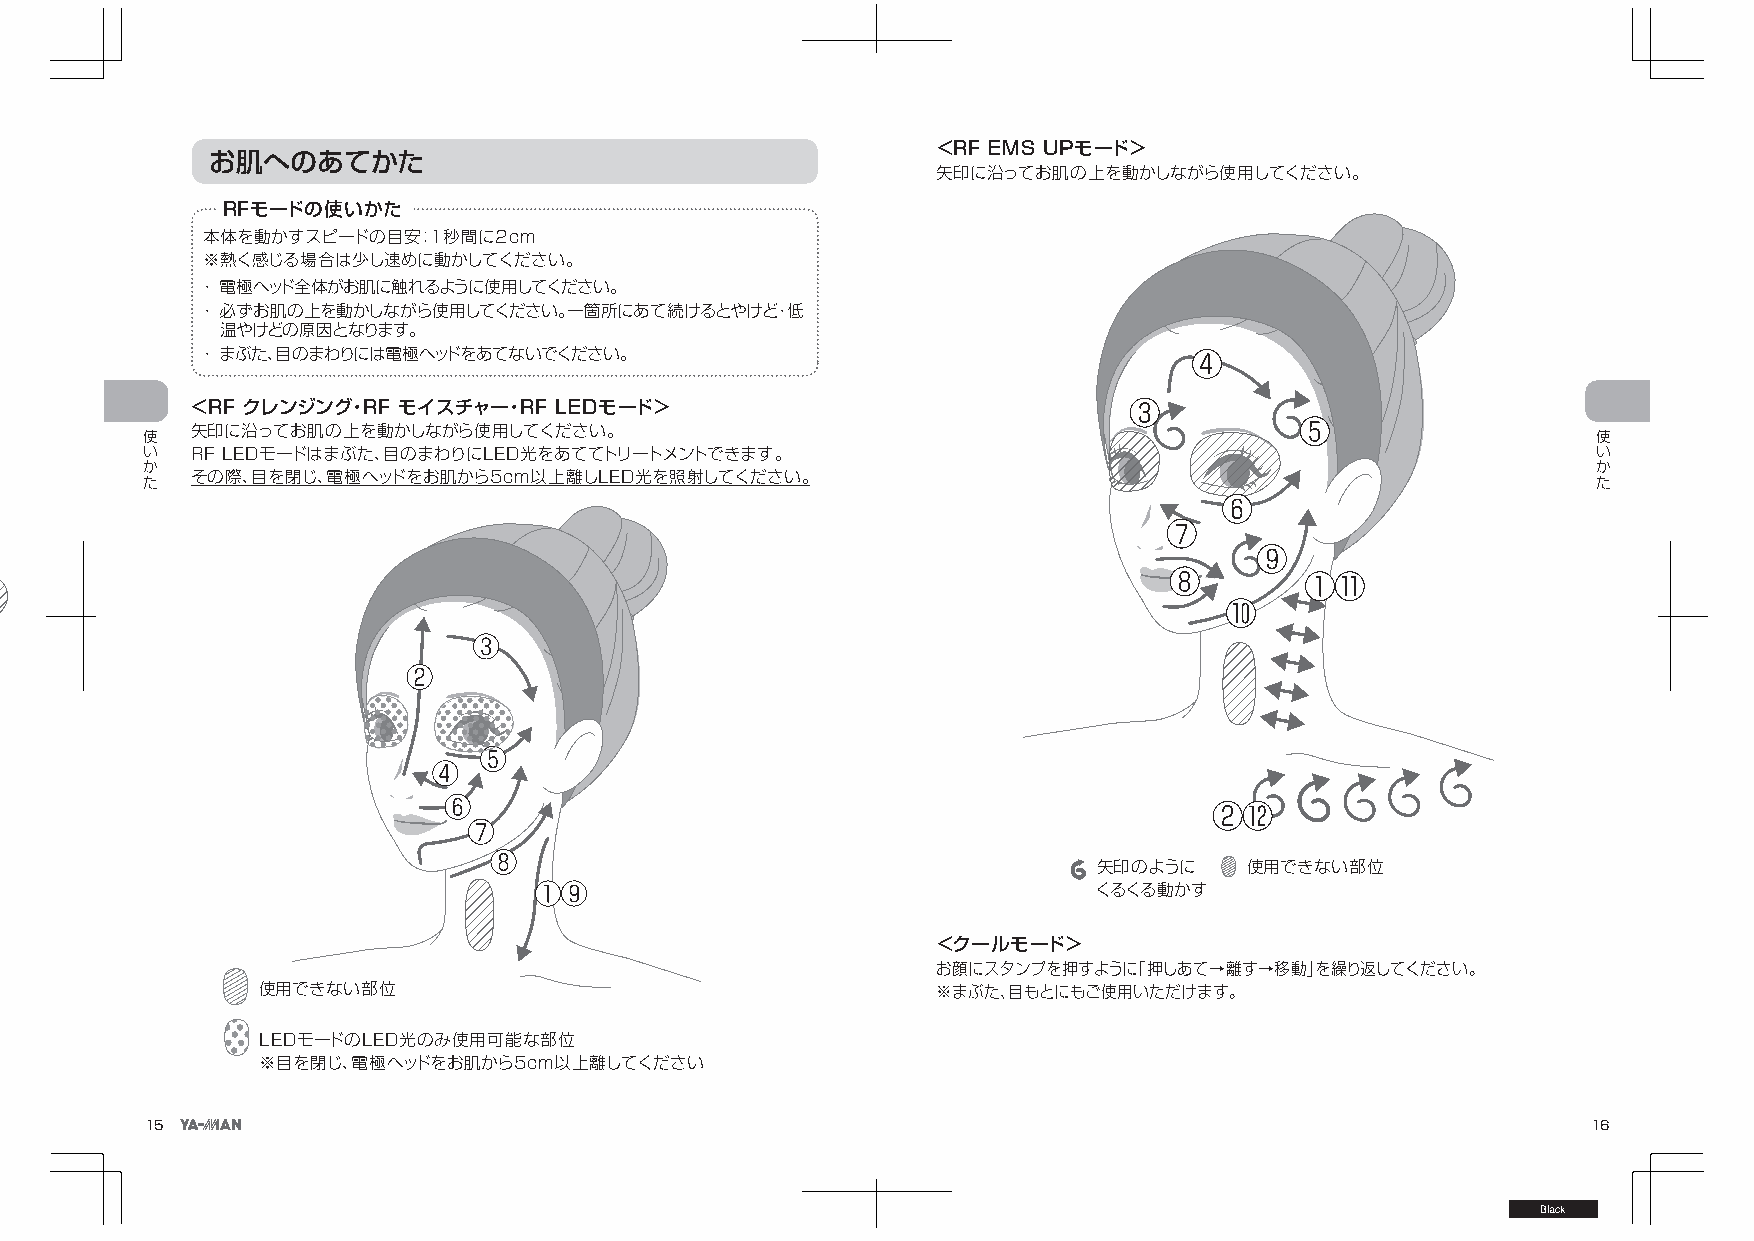
＜RF EMS UPモード＞
 お肌へのあてかた
 矢印に沿ってお肌の上を動かしながら使用してください。
 RFモードの使いかた
 本体を動かすスピードの目安：1秒間に2cm
 ※熱く感じる場合は少し速めに動かしてください。
 ・ 電極ヘッド全体がお肌に触れるように使用してください。
 ・ 必ずお肌の上を動かしながら使用してください。一箇所にあて続けるとやけど・低
 温やけどの原因となります。
 ・ まぶた、目のまわりには電極ヘッドをあてないでください。
 ＜RF クレンジング・RF モイスチャー・RF LEDモード＞
 使   矢印に沿ってお肌の上を動かしながら使用してください。                                                                   使
 い   RF LEDモードはまぶた、目のまわりにLED光をあててトリートメントできます。                                                     い
 か                                                                                                か
 た   その際、目を閉じ、電極ヘッドをお肌から5cm以上離しLED光を照射してください。                                                     た
 矢印のように    使用できない部位
 くるくる動かす
 ＜クールモード＞
 お顔にスタンプを押すように「押しあて→離す→移動」を繰り返してください。
 使用できない部位                                     ※まぶた、目もとにもご使用いただけます。
 LEDモードのLED光のみ使用可能な部位
 ※目を閉じ、電極ヘッドをお肌から5cm以上離してください
 15                                                                                             16